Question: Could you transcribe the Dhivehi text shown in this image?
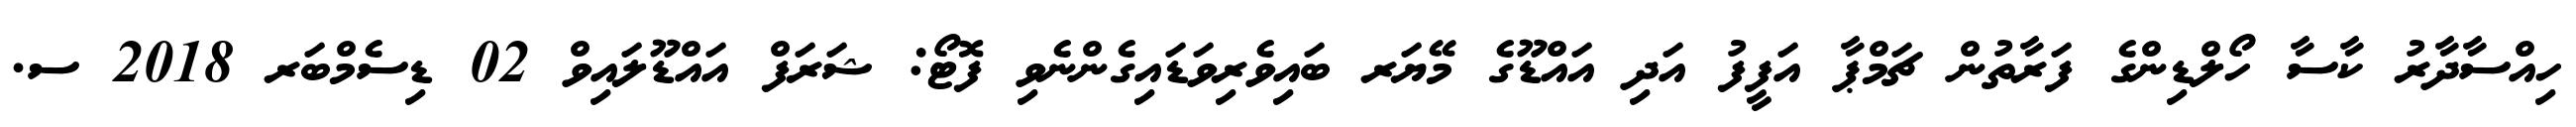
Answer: ހިއްސާދާރު ކާސާ ހޯލްޑިންގެ ފަރާތުން ޗަމްޕާ އަފީފު އަދި އައްޑޫގެ މޭޔަރ ބައިވެރިވަޑައިގެންނެވި ފޮޓޯ: ޝަރަފް އައްޑޫލައިވް 02 ޑިސެމްބަރ 2018 ސ.